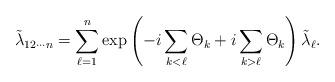
LaTeX: \begin{align*}\tilde{\lambda}_{12\cdots n}=\sum_{\ell=1}^{n}\exp\left( -i\sum_{k<\ell}\Theta_{k}+i\sum_{k>\ell}\Theta_{k}\right) \tilde{\lambda}_{\ell}.\end{align*}